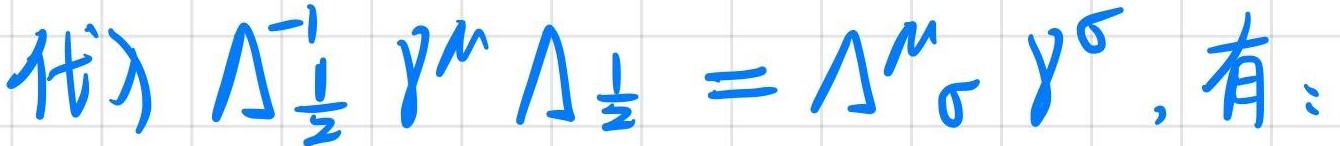
代⼊ $\Lambda_{\frac{1}{2}}^{-1} \gamma^{\mu} \Lambda_{\frac{1}{2}}=\Lambda^{\mu}{ }_{\sigma} \gamma^{\sigma}$, 有：